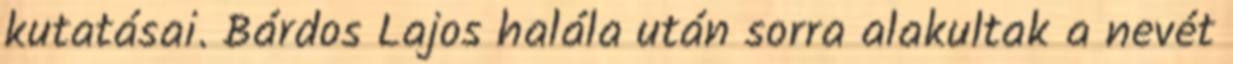
kutatásai. Bárdos Lajos halála után sorra alakultak a nevét